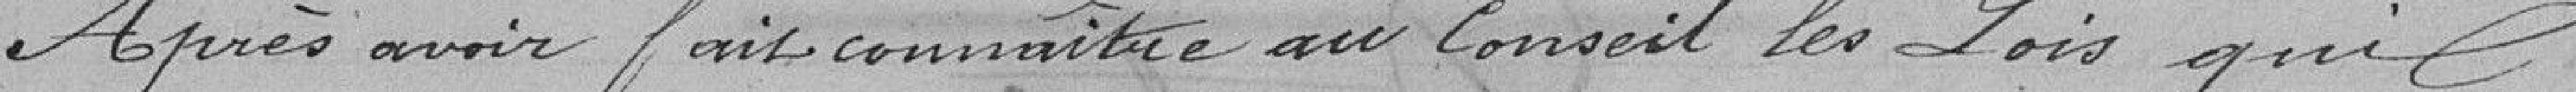
Après avoir fait connaître au conseil les lois qui